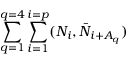
\sum _ { q = 1 } ^ { q = 4 } \sum _ { i = 1 } ^ { i = p } ( N _ { i } , \bar { N } _ { i + A _ { q } } )